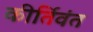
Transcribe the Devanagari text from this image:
कीर्तिवंत